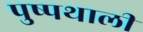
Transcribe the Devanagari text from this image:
पुष्पथाली